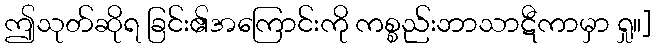
ဤသုတ်ဆိုရ ခြင်း၏အကြောင်းကို ကစ္စည်းဘာသာဋီကာမှာ ရှု။]